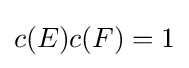
c(E)c(F)=1